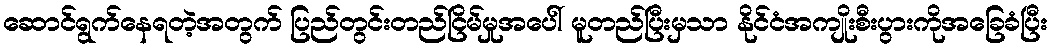
ဆောင်ရွက်နေရတဲ့အတွက် ပြည်တွင်းတည်ငြိမ်မှုအပေါ် မူတည်ပြီးမှသာ နိုင်ငံအကျိုးစီးပွားကိုအခြေခံပြီး